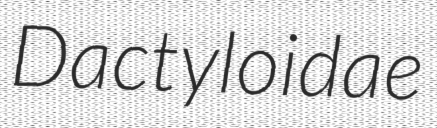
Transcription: Dactyloidae